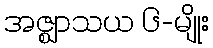
အဇ္ဈာသယ ၆-မျိုး